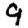
Digit: 9